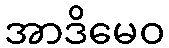
အာဒိမေဝ